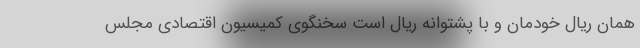
همان ریالِ خودمان و با پشتوانه ریال است سخنگوی کمیسیون اقتصادی مجلس